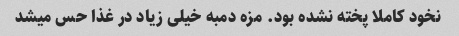
نخود کاملا پخته نشده بود. مزه دمبه خیلی زیاد در غذا حس میشد